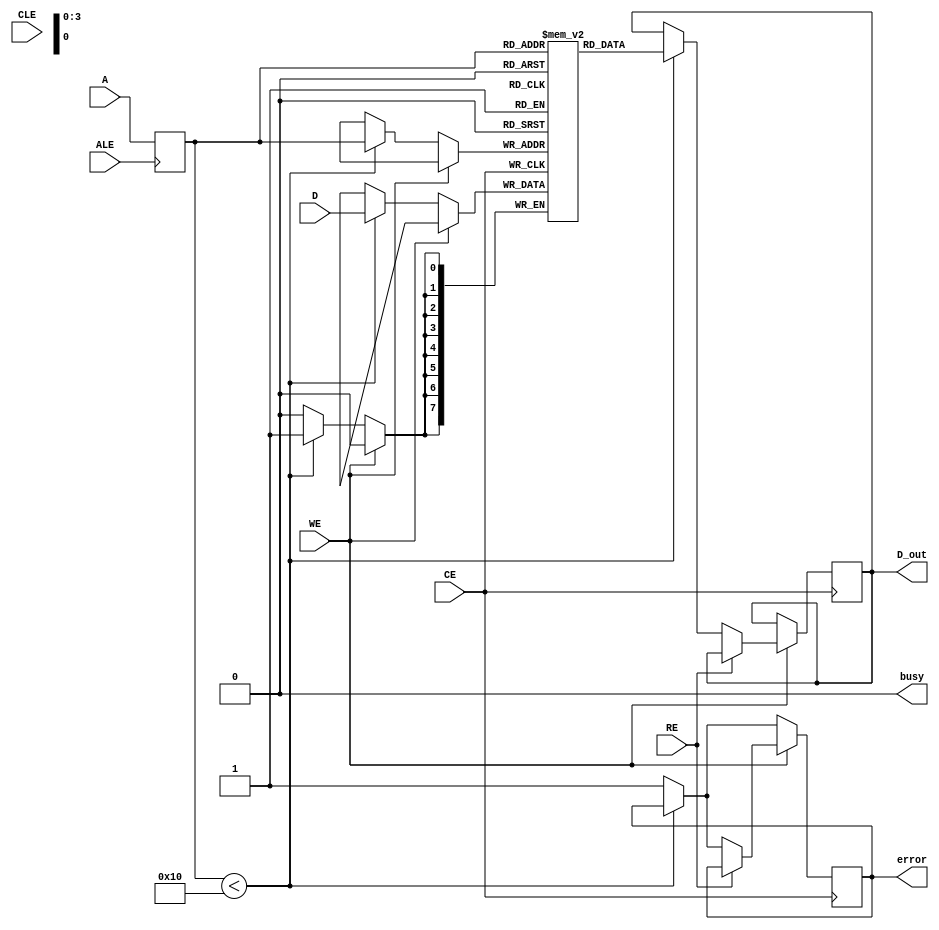
module slc_nand_io_block (
    input wire [7:0] D,           // Data lines (D0-D7)
    input wire WE,                // Write Enable (active low)
    input wire RE,                // Read Enable (active low)
    input wire CE,                // Chip Enable (active low)
    input wire ALE,               // Address Latch Enable
    input wire CLE,               // Command Latch Enable
    input wire [3:0] A,           // Address Lines (A0-A3 for a small memory example)
    output reg [7:0] D_out,       // Data output
    output reg busy,              // Status register for busy
    output reg error              // Status register for error
);

    // Memory array (e.g., 16 x 8 bits)
    reg [7:0] memory_array [0:15]; // 16 memory locations

    // Internal signals
    reg [3:0] address_latched;     // Latched address
    reg write_enable;               // Internal write enable signal

    // Initial block for setting up memory (optional)
    initial begin
        busy = 0;
        error = 0;
        // Initialize memory with some values (for testing)
        memory_array[0] = 8'hFF;
        memory_array[1] = 8'hAA;
        memory_array[2] = 8'h55;
        memory_array[3] = 8'h00;
        // Initialize other memory locations as needed
    end

    // Address latching logic
    always @(posedge ALE) begin
        address_latched <= A; // Latch the address when ALE is asserted
    end

    // Write/Read operation control
    always @(negedge CE) begin
        busy <= 1; // Set busy when chip is enabled
        if (!WE) begin // Write operation
            write_enable <= 1;
            if (address_latched < 16) begin
                memory_array[address_latched] <= D; // Write data to memory
            end else begin
                error <= 1; // Address out of range
            end
        end else if (!RE) begin // Read operation
            if (address_latched < 16) begin
                D_out <= memory_array[address_latched]; // Read data from memory
            end else begin
                error <= 1; // Address out of range
            end
        end
        busy <= 0; // Clear busy after operation
    end

    // Optional: Power management and error checking can be added here

endmodule